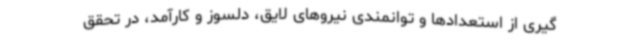
گیری از استعدادها و توانمندی نیروهای لایق، دلسوز و کارآمد، در تحقق